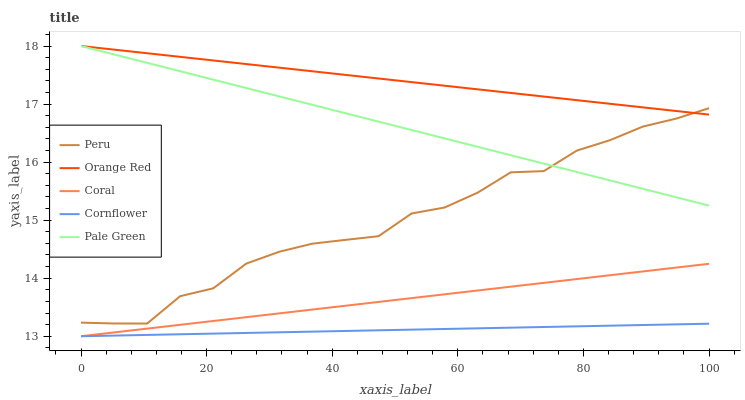
| xaxis_label | Peru | Orange Red | Coral | Cornflower | Pale Green |
 | --- | --- | --- | --- | --- | --- |
 | 0 | 13.2 | 18 | 13 | 13 | 18 |
 | 5.26 | 13.2 | 17.9 | 13.1 | 13 | 17.9 |
 | 10.5 | 13.2 | 17.9 | 13.1 | 13 | 17.7 |
 | 15.8 | 13.7 | 17.8 | 13.2 | 13 | 17.6 |
 | 21.1 | 13.8 | 17.8 | 13.3 | 13 | 17.4 |
 | 26.3 | 14.3 | 17.7 | 13.3 | 13.1 | 17.3 |
 | 31.6 | 14.5 | 17.6 | 13.4 | 13.1 | 17.1 |
 | 36.8 | 14.6 | 17.6 | 13.5 | 13.1 | 17 |
 | 42.1 | 14.7 | 17.5 | 13.5 | 13.1 | 16.8 |
 | 47.4 | 14.7 | 17.4 | 13.6 | 13.1 | 16.7 |
 | 52.6 | 15.1 | 17.4 | 13.7 | 13.1 | 16.6 |
 | 57.9 | 15.2 | 17.3 | 13.7 | 13.1 | 16.4 |
 | 63.2 | 15.5 | 17.3 | 13.8 | 13.1 | 16.3 |
 | 68.4 | 15.8 | 17.2 | 13.9 | 13.1 | 16.1 |
 | 73.7 | 15.8 | 17.1 | 13.9 | 13.2 | 16 |
 | 78.9 | 16.2 | 17.1 | 14 | 13.2 | 15.8 |
 | 84.2 | 16.4 | 17 | 14.1 | 13.2 | 15.7 |
 | 89.5 | 16.6 | 16.9 | 14.1 | 13.2 | 15.5 |
 | 94.7 | 16.7 | 16.9 | 14.2 | 13.2 | 15.4 |
 | 100 | 16.9 | 16.8 | 14.2 | 13.2 | 15.3 |